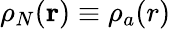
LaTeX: \rho_{N}(\mathbf{r})\equiv\rho_{a}(r)